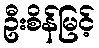
ဦးစိန်မြင့်